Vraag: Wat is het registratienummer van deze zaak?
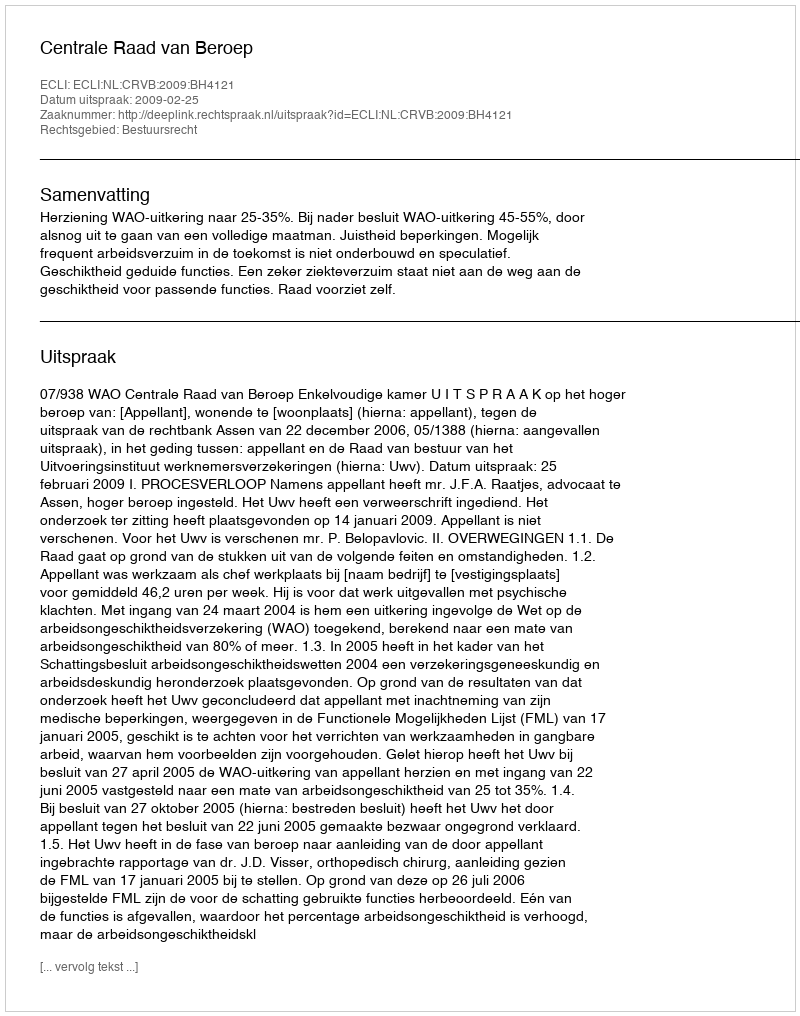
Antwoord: http://deeplink.rechtspraak.nl/uitspraak?id=ECLI:NL:CRVB:2009:BH4121